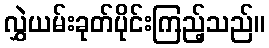
လွှဲယမ်းခုတ်ပိုင်းကြည့်သည်။